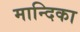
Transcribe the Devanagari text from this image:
मान्दिका